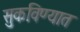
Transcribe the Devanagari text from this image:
सुकविण्यात